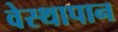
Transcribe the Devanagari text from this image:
वेस्थापान